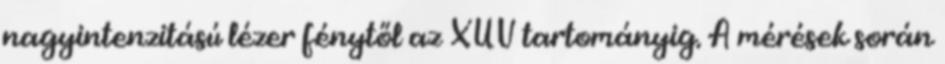
nagyintenzitású lézer fénytől az XUV tartományig. A mérések során